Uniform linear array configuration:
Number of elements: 8
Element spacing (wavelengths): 1
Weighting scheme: binomial
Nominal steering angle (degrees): -60
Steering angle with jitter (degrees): -59.298
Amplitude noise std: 0.05
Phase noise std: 0.05

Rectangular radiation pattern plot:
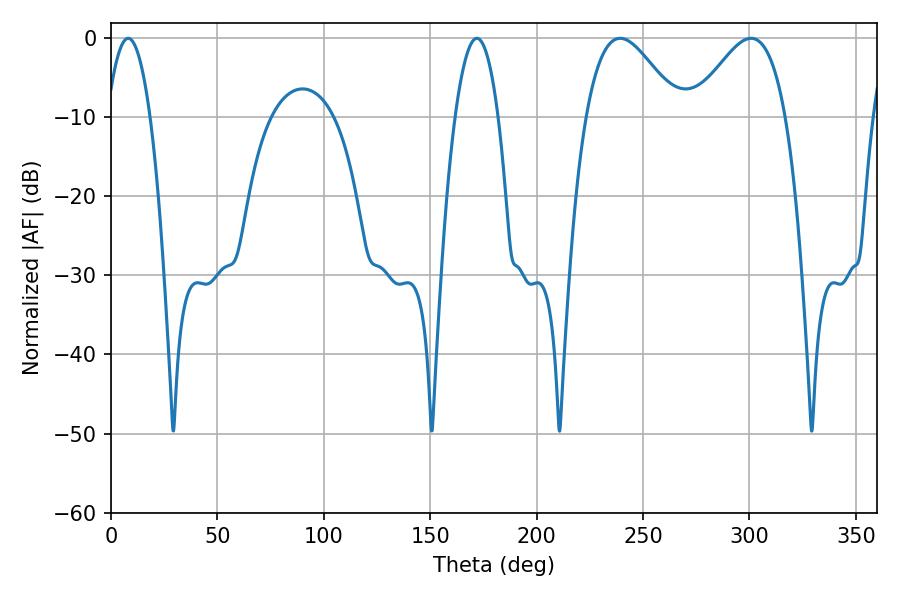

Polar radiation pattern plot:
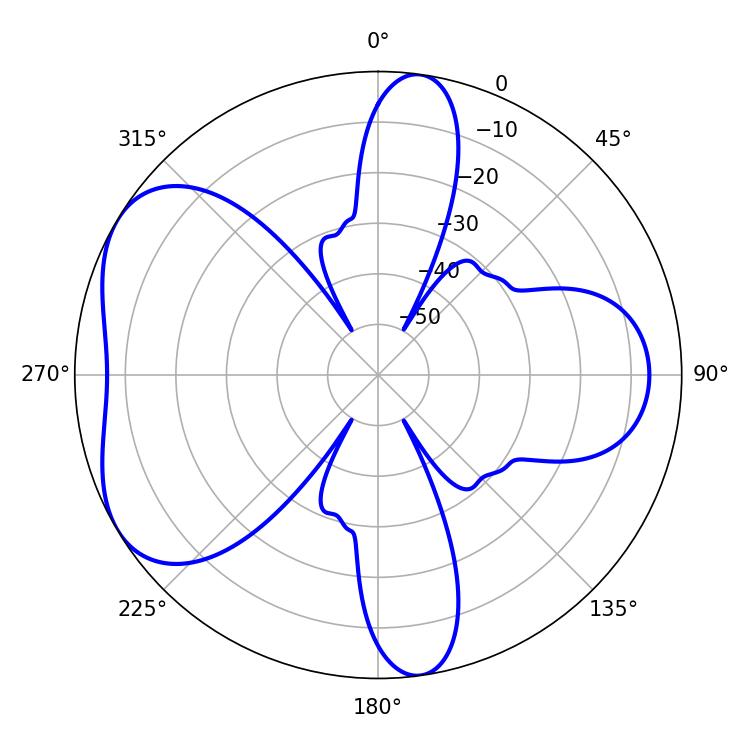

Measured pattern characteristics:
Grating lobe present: TRUE
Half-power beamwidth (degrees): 23.4
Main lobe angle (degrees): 239.22